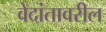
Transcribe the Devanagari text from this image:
वेदांतावरील